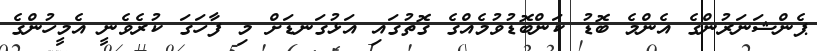
ޕެންޝަނަރުންގެ އެންމެ ބޮޑު ކަންބޮޑުވުމެއްގެ ގޮތުގައި އަޅުގަނޑަށް މި ފާހަގަ ކުރެވެނީ އެމީހުންގެ